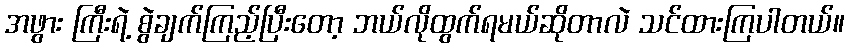
အဖွား ကြီးရဲ့ စွဲချက်ကြည့်ပြီးတော့ ဘယ်လိုထွက်ရမယ်ဆိုတာလဲ သင်ထားကြပါတယ်။